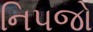
નિપજો